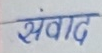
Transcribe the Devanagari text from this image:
संवाद